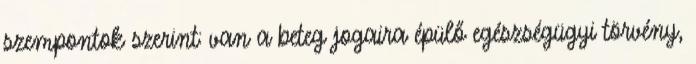
szempontok szerint: van a beteg jogaira épülő egészségügyi törvény,